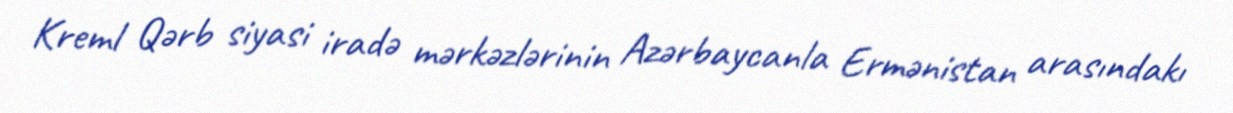
Kreml Qərb siyasi iradə mərkəzlərinin Azərbaycanla Ermənistan arasındakı